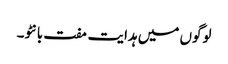
لوگوں میں ہدایت مفت بانٹو۔